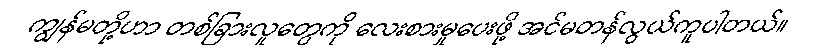
ကျွန်မတို့ဟာ တစ်ခြားလူတွေကို လေးစားမှုပေးဖို့ အင်မတန်လွယ်ကူပါတယ်။